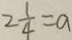
2 \frac { 1 } { 4 } = a